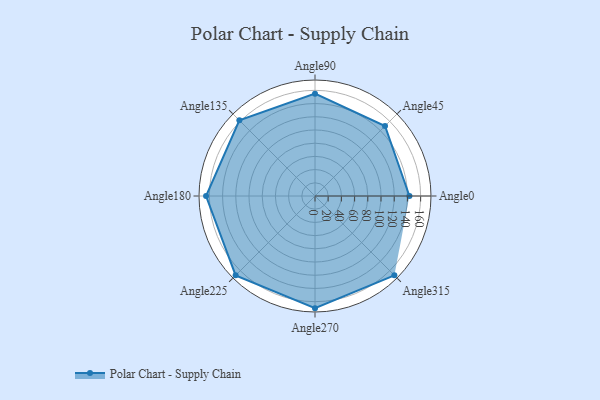
{"axis": {"x": "Angle", "y": "Radius"}, "legend": [""], "data": [{"x": "Angle0", "y": 143.0, "type": ""}, {"x": "Angle45", "y": 150.0, "type": ""}, {"x": "Angle90", "y": 155.0, "type": ""}, {"x": "Angle135", "y": 162.0, "type": ""}, {"x": "Angle180", "y": 165.0, "type": ""}, {"x": "Angle225", "y": 170, "type": ""}, {"x": "Angle270", "y": 170, "type": ""}, {"x": "Angle315", "y": 170, "type": ""}]}